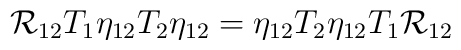
{\cal R}_{12}T_{1}\eta_{12}T_{2}\eta_{12}  =   \eta_{12}T_{2}\eta_{12}T_{1}{\cal R}_{12}